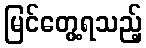
မြင်တွေ့ရသည့်